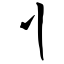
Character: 刂